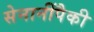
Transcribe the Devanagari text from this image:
सेनानींपैकी